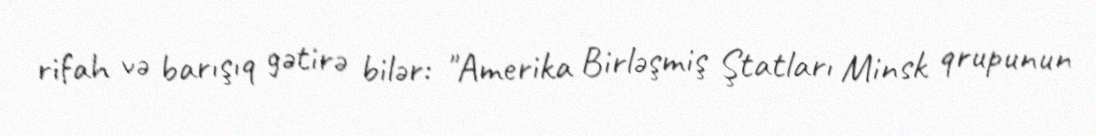
rifah və barışıq gətirə bilər: "Amerika Birləşmiş Ştatları Minsk qrupunun